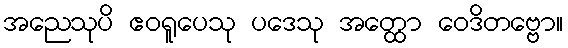
အညေသုပိ ဧဝရူပေသု ပဒေသု အတ္ထော ဝေဒိတဗ္ဗော။